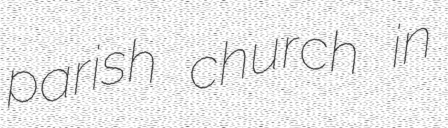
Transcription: parish church in